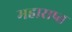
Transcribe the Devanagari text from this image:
महाराष्त